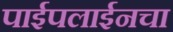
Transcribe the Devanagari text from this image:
पाईपलाईनचा